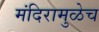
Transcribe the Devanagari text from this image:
मंदिरामुळेच